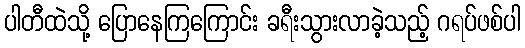
ပါတီထဲသို့ ပြောနေကြကြောင်း ခရီးသွားလာခဲ့သည့် ဂရပ်ဖစ်ပါ